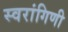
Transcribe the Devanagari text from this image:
स्वरांगिणी